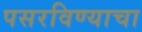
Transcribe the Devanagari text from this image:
पसरविण्याचा